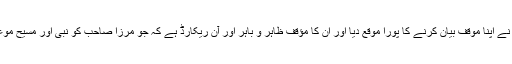
جو بات ہم سمجھنا نہیں چاہتے وہ یہ کہ ان کے پیشوا (موروثی) کو پارلیمان نے اپنا موقف بیان کرنے کا پورا موقع دیا اور ان کا مؤقف ظاہر و باہر اور آن ریکارڈ ہے کہ جو مرزا صاحب کو نبی اور مسیح موعود نہیں مانتا، ان کے نزدیک وہ ان کے دائرہ اسلام سے خارج اور کافر ہے۔